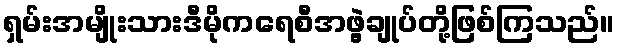
ရှမ်းအမျိုးသားဒီမိုကရေစီအဖွဲ့ချုပ်တို့ဖြစ်ကြသည်။